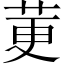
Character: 莄